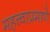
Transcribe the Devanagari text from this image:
महत्त्वाप्रमाणे